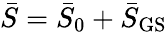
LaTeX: \bar{S}=\bar{S}_{0}+\bar{S}_{\mathrm{GS}}